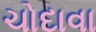
ચોદાવા